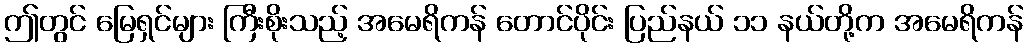
ဤတွင် မြေရှင်များ ကြီးစိုးသည့် အမေရိကန် တောင်ပိုင်း ပြည်နယ် ၁၁ နယ်တို့က အမေရိကန်